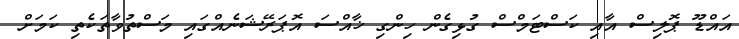
އައްޑޫ ޕޮލިސް އާއި ކަސްޓަމްސް ގުޅިގެން ހިންގި ޚާއްސަ އޮޕަރޭޝަނެއްގައި މަސްތުވާތަކެތި ކަަމަށް